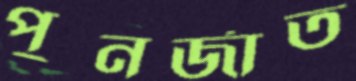
পুনর্জাত